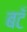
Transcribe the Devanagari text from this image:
बटँ